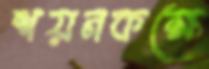
শয়নকক্ষে